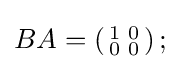
BA=\left({\begin{smallmatrix}1&0\\0&0\end{smallmatrix}}\right);